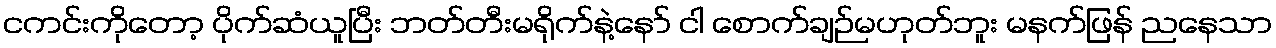
ငကင်းကိုတော့ ပိုက်ဆံယူပြီး ဘတ်တီးမရိုက်နဲ့နော် ငါ စောက်ချဉ်မဟုတ်ဘူး မနက်ဖြန် ညနေသာ